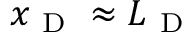
x _ { \mathrm { ~ D ~ } } \approx L _ { \mathrm { ~ D ~ } }